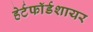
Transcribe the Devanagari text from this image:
हेर्टफाॅर्डशायर